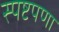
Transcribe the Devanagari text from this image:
स्पष्टपणा